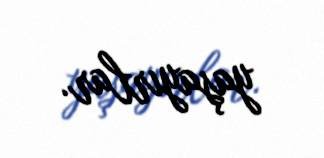
yaşayırlar.